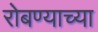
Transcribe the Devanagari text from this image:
रोबण्याच्या